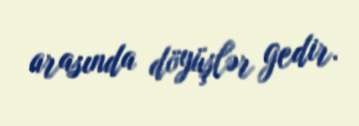
arasında döyüşlər gedir.